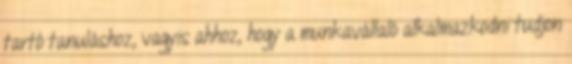
tartó tanuláshoz, vagyis ahhoz, hogy a munkavállaló alkalmazkodni tudjon